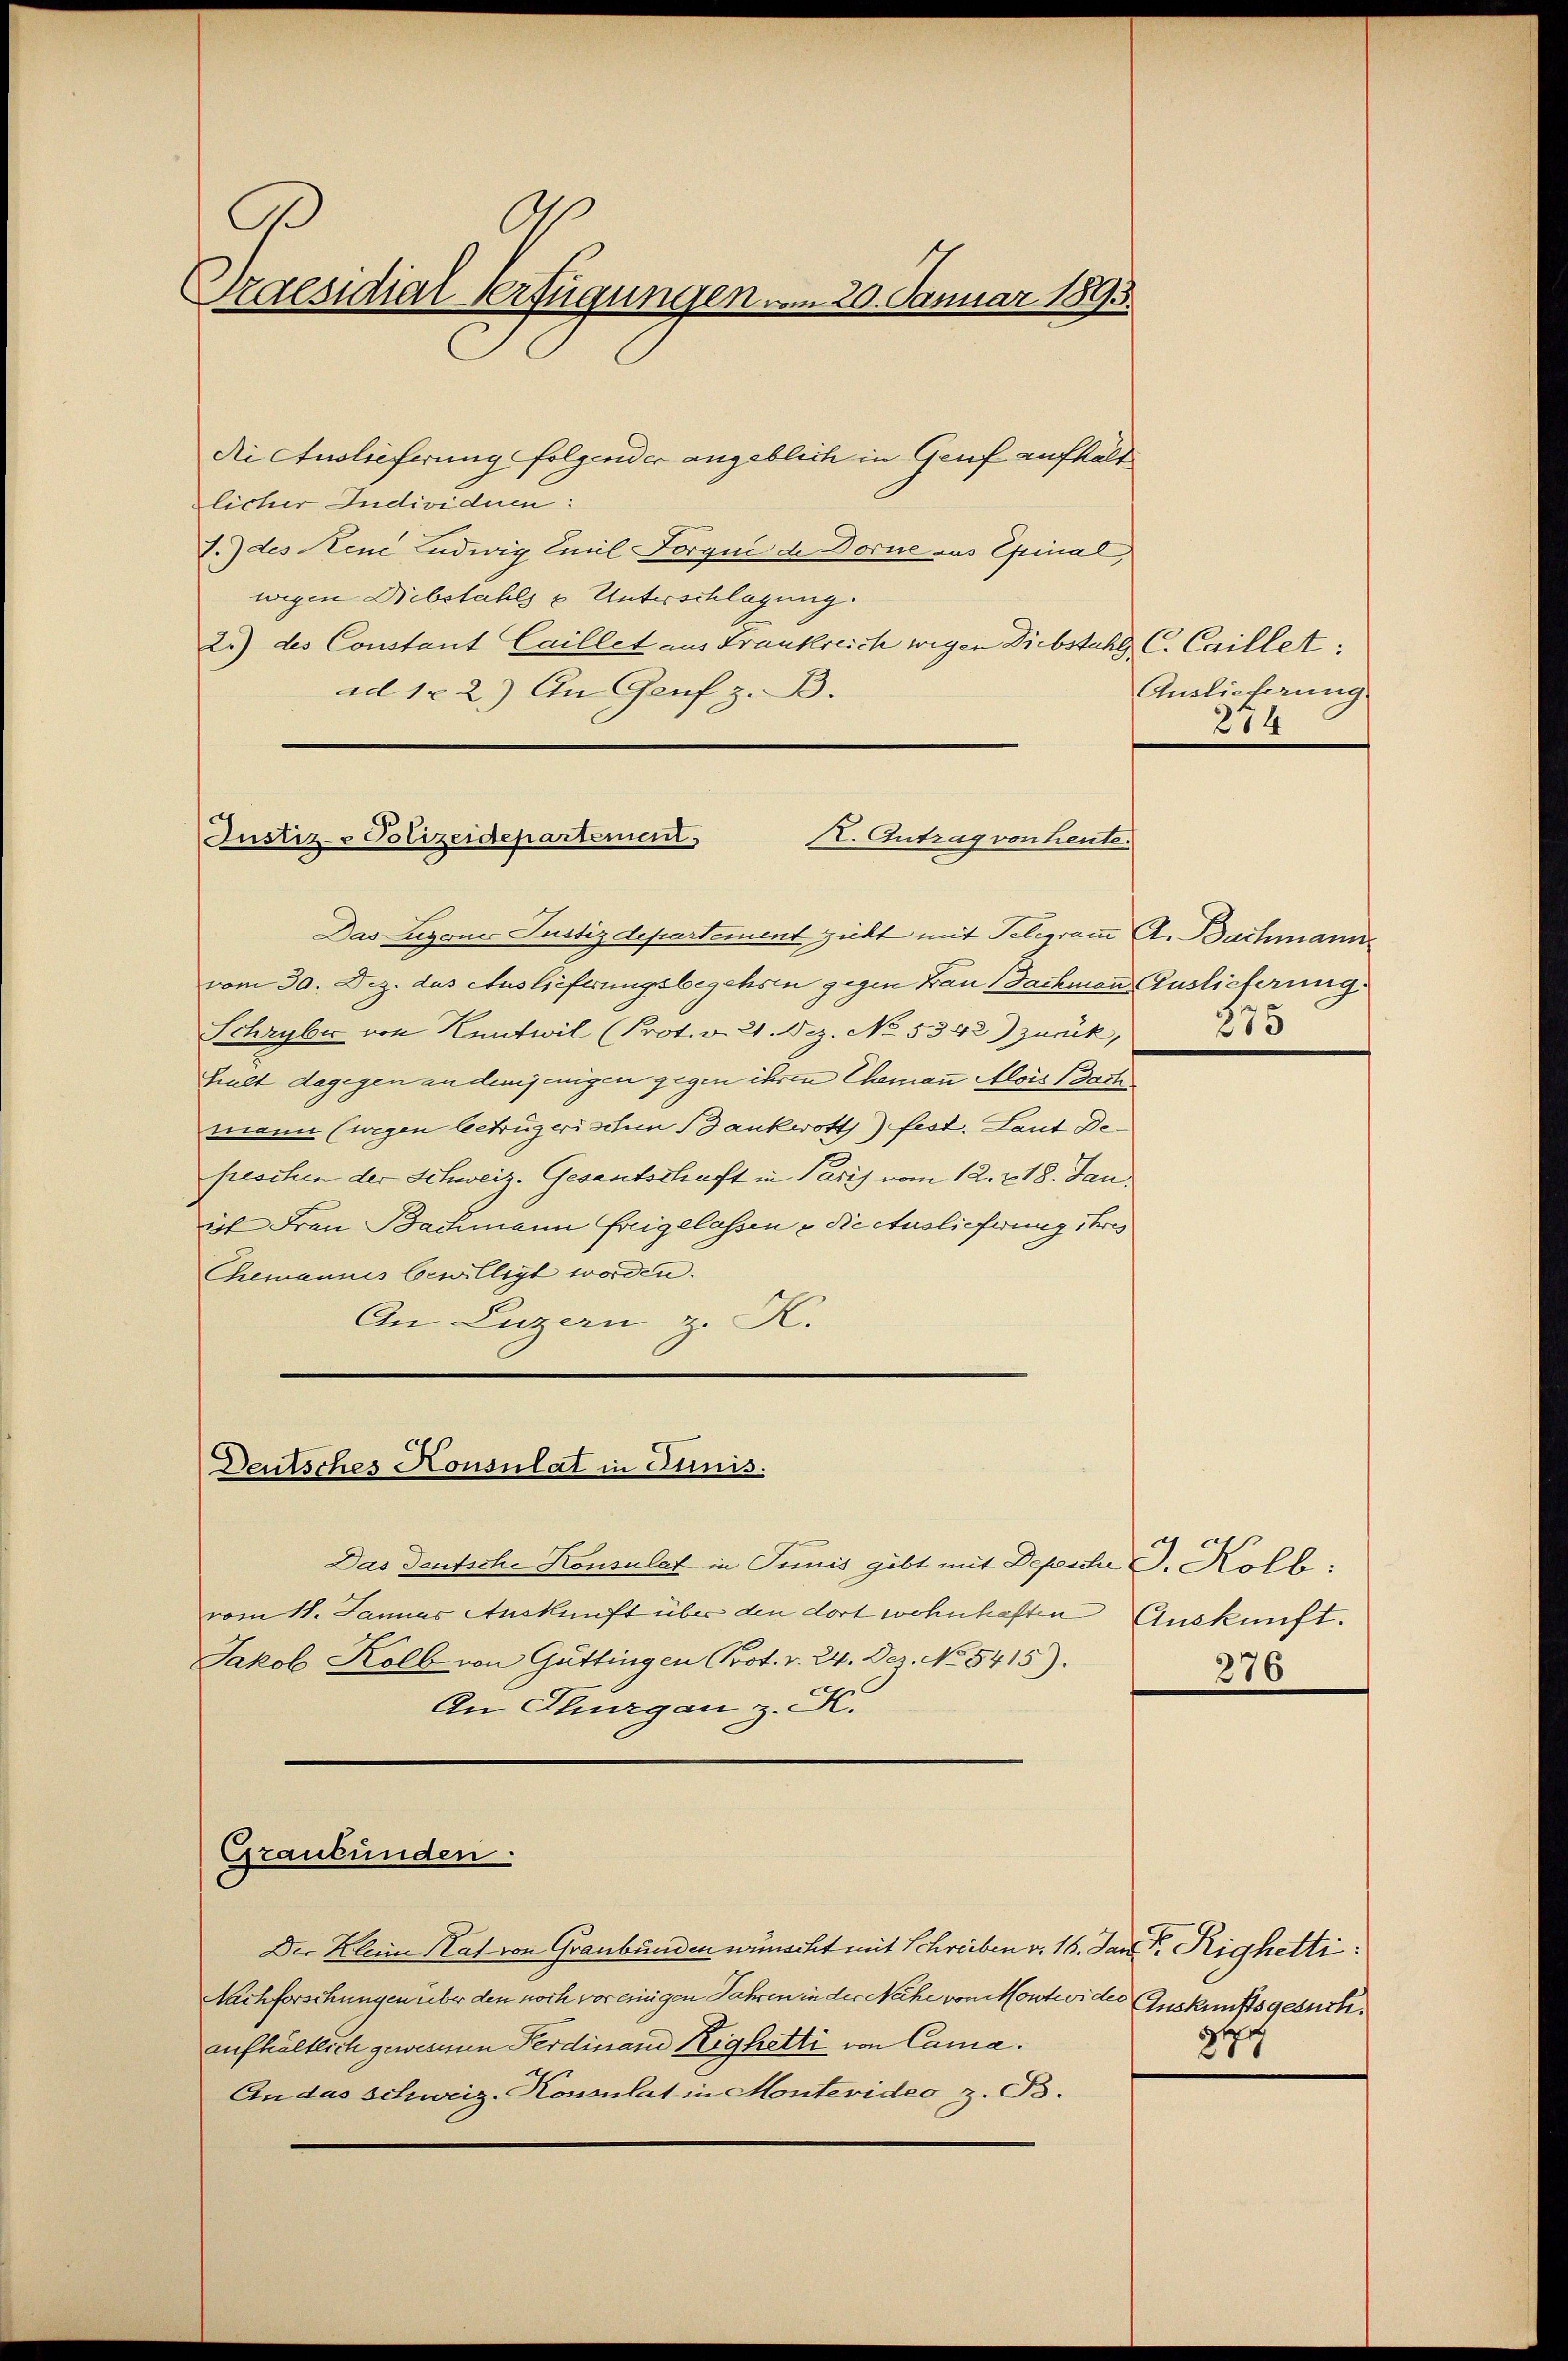
Ah
Praesidial-Verfügungen vom 20. Januar 1893.

die Auslieferung folgender angeblich in Genf aufhält
licher Individue:
I.) des Reue Ludwig Emil Forque de Dorne aus Epinal,
wegen Diebstahls & Unterschlagung
2.) des Constant Caillet aus Frankreich wegen Diebstahl C. Caillet:
ad 122.) An Genf z. B.

Justiz-Polizeidepartement. II. Antrag von heute.

Das Eigenes Justizdepartement zieht mit Telegram A. Bachmann
vom 30. Dez. das Auslieferungsbegehren gegen Frau Sachmann Auslieferung
Schryber von Kentwil (Prot. v. 21. Dez. No. 5342) zurück,
halt dagegen an demjenigen gegen ihren Chemann Alois Dach
mann (wegen lectrügerischen Bankwott) fest. Laut Defreschen der Schweiz. Gesantschaft in Paris vom 12. 218. Jan.
ist Frau Bachmann freigelassen & die Auslieferung ihres
Chemannis bewilligt worden.
An Luzern z. K.

Deutsches Honsulat in Sunis.

Das Deutsche Konsulat in Junis gibt mit Depesche J. Kolle.
vom 11. Januar Auskunft über den dort wohnhaften Auskunft.
Jakob Kolb von Güttingen Prot. v. 24. Dez. No. 5415).
An Thurgau z. K.

Der Kleine Rat von Graubünden wünscht mit Schreiben v. 16. Jan der Righetti:
Nachforschungen über den noch vor einigen Jahren in der Nähe von Montevider Auskunftsgesuch.
aufhältlich gewesenen Ferdinand Zighetti von Cama.
An das Schweiz. Konsulat in Montevideo z. B.

Graubünden.

Auslieferung
274

375

276

2